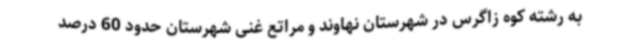
به رشته کوه زاگرس در شهرستان نهاوند و مراتع غنی شهرستان حدود 60 درصد